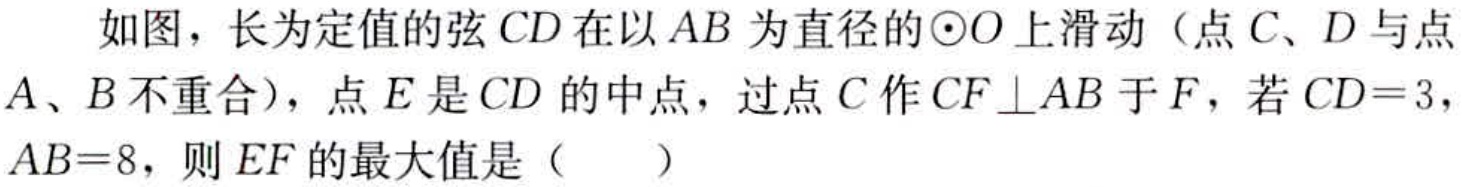
如图，长为定值的弦\(CD\)在以\(AB\)为直径的\(\odot O\)上滑动（点\(C、D\)与点\(A、B\)不重合），点\(E\)是\(CD\)的中点，过点\(C\)作\(CF \perp AB\)于\(F\)，若\(CD = 3\)，\(AB = 8\)，则\(EF\)的最大值是（  ）